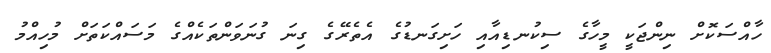
ހާއްސަކޮށް ނިންޖަކީ މީހާގެ ސިކުނޑިއާއި ހަށިގަނޑުގެ އެތެރޭގެ ގިނަ ގުނަވަންތަކެއްގެ މަސައްކަތަށް މުހިއްމު